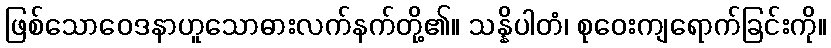
ဖြစ်သောဝေဒနာဟူသောဓားလက်နက်တို့၏။ သန္နိပါတံ၊ စုဝေးကျရောက်ခြင်းကို။